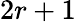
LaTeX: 2r+1